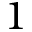
1